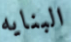
البنايه